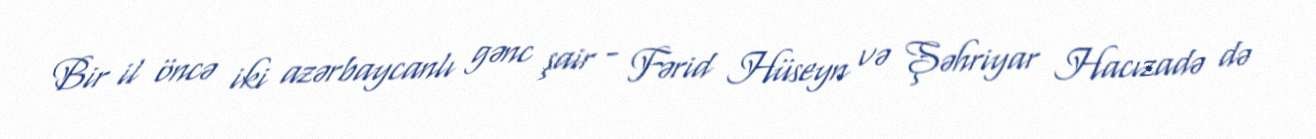
Bir il öncə iki azərbaycanlı gənc şair - Fərid Hüseyn və Şəhriyar Hacızadə də